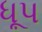
ધૂપ